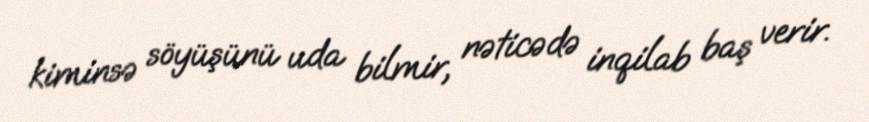
kiminsə söyüşünü uda bilmir, nəticədə inqilab baş verir.